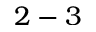
2 - 3